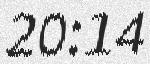
20:14